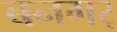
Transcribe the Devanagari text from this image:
बनगर्